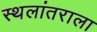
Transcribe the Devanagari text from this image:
स्थलांतराला